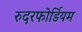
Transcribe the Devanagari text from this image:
रुदरफोर्डियम